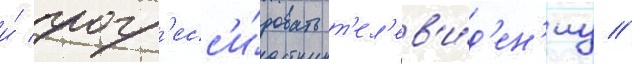
и́ прогр'есс'и́ровать т'ел'ев'и́д'ен'иу //